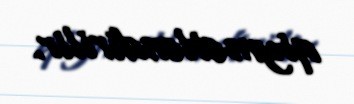
qiymətləndirilir.